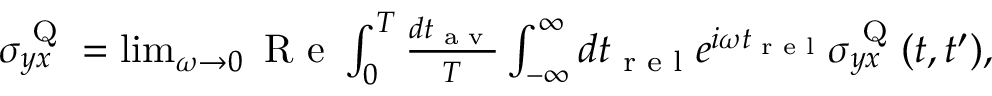
\begin{array} { r } { \sigma _ { y x } ^ { \textrm { Q } } = \operatorname* { l i m } _ { \omega \rightarrow 0 } \textrm { R e } \int _ { 0 } ^ { T } \frac { d t _ { \textrm { a v } } } { T } \int _ { - \infty } ^ { \infty } d t _ { \textrm { r e l } } e ^ { i \omega t _ { \textrm { r e l } } } \sigma _ { y x } ^ { \textrm { Q } } ( t , t ^ { \prime } ) , } \end{array}